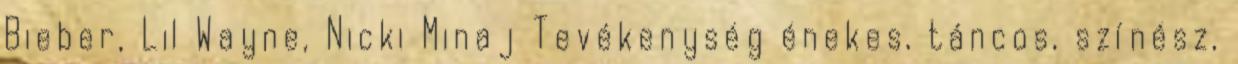
Bieber, Lil Wayne, Nicki Minaj Tevékenység énekes, táncos, színész,